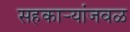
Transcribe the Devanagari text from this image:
सहकार्‍यांजवळ